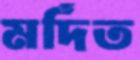
মর্দিত